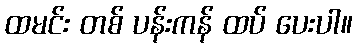
ထမင်း တစ် ပန်းကန် ထပ် ပေးပါ။